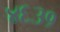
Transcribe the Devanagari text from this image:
४६३१